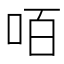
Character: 咟